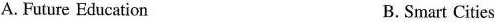
A. Future Education B.Smart Cities